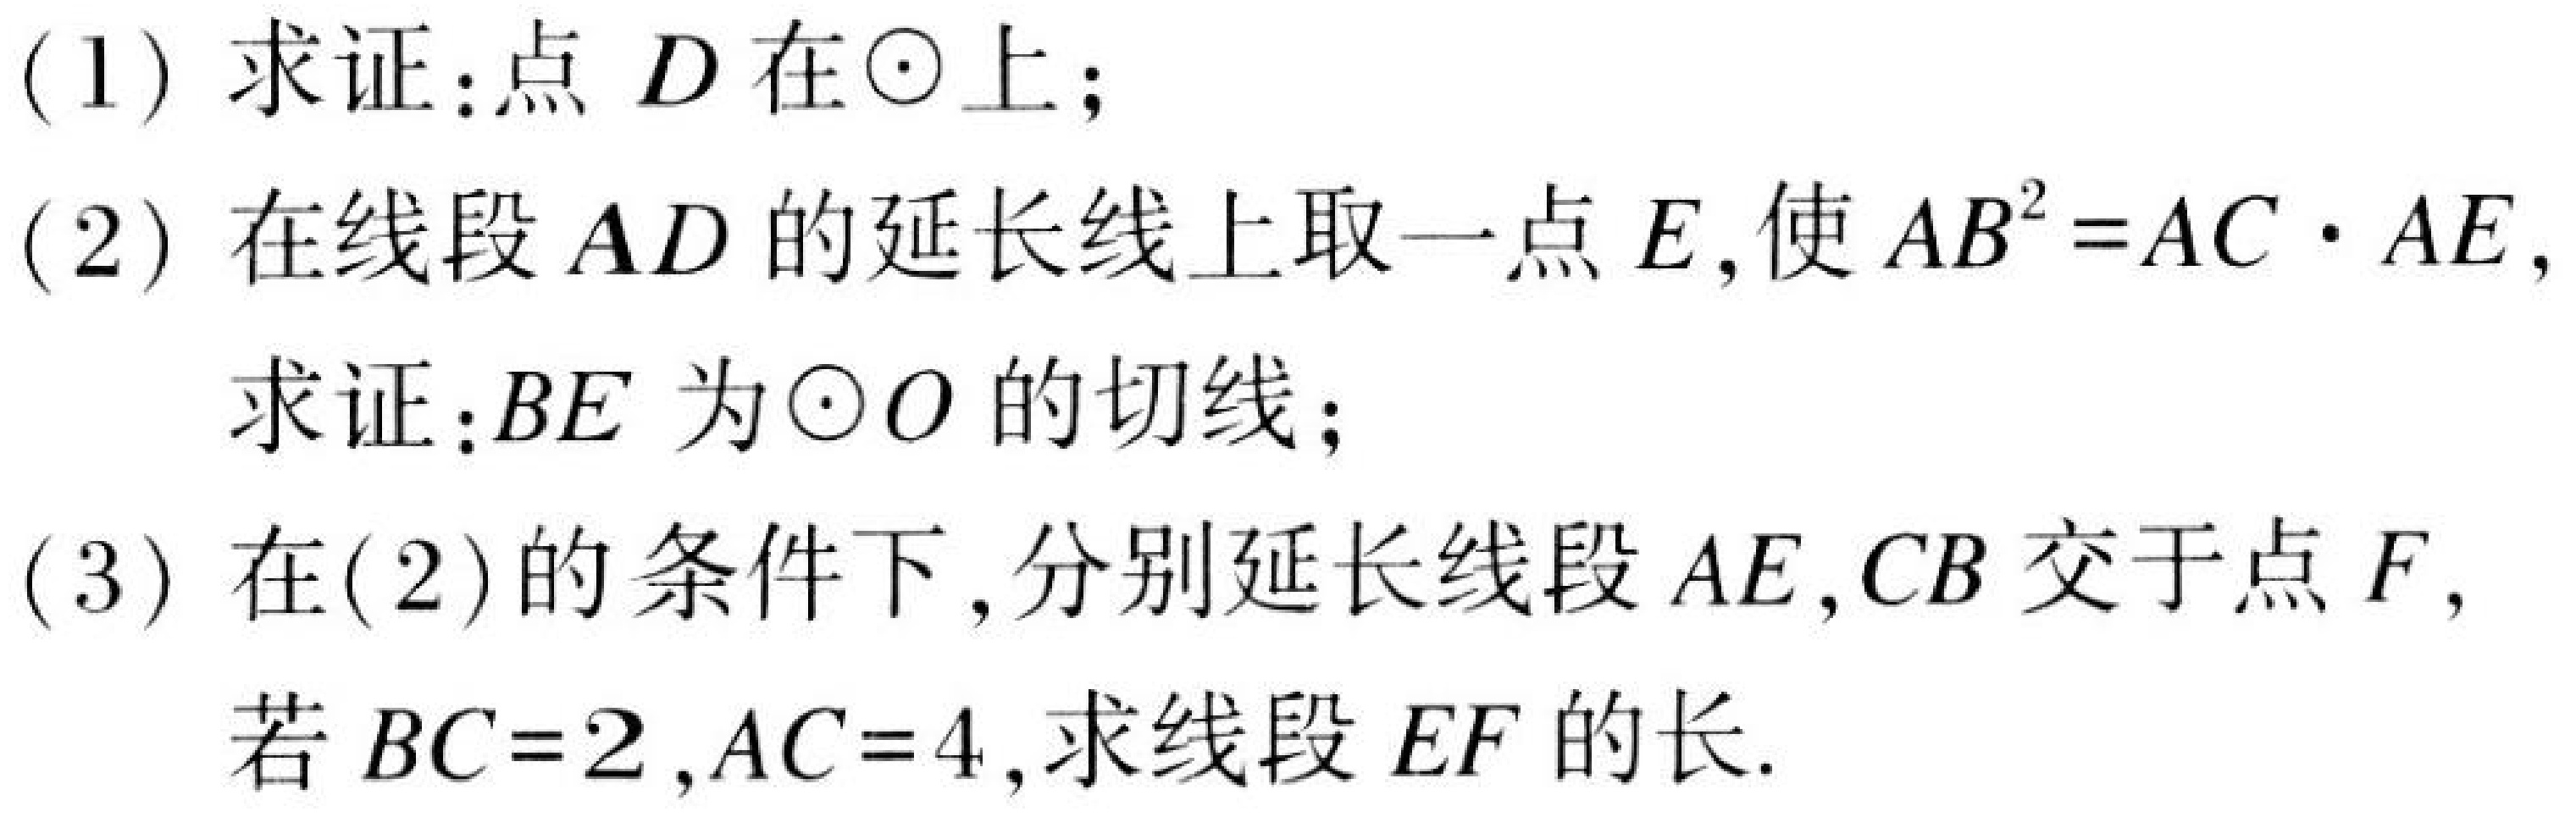
(1) 求证：点 \(D\) 在\(\odot\)上；
(2) 在线段 \(AD\) 的延长线上取一点 \(E\)，使 \(AB^{2}=AC\cdot AE\)，
求证：\(BE\) 为\(\odot O\) 的切线；
(3) 在(2) 的条件下，分别延长线段 \(AE,CB\) 交于点 \(F\)，
若 \(BC = 2,AC = 4\)，求线段 \(EF\) 的长.